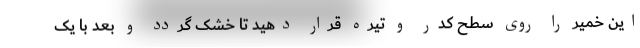
این خمیر را روی سطح کدر و تیره قرار دهید تا خشک گردد و بعد با یک